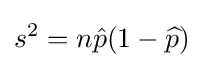
s^{2}=n{\hat {p}}(1-{\widehat {p}})